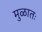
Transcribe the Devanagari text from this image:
मुळातः